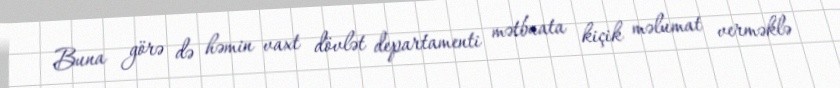
Buna görə də həmin vaxt dövlət departamenti mətbuata kiçik məlumat verməklə